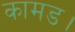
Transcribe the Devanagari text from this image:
कामड।